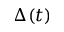
\Delta ( t )